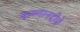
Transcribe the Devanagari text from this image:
कृष्णानदीचे